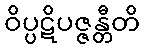
ဝိပ္ပဋိပဇ္ဇန္တီတိ